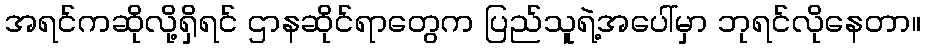
အရင်ကဆိုလို့ရှိရင် ဌာနဆိုင်ရာတွေက ပြည်သူရဲ့အပေါ်မှာ ဘုရင်လိုနေတာ။